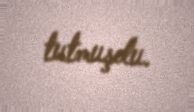
tutmuşdu.